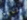
علمهم